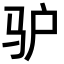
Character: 驴